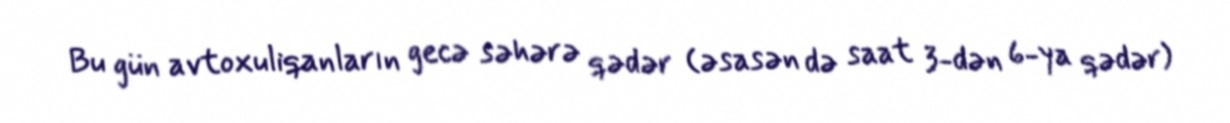
Bu gün avtoxuliqanların gecə səhərə qədər (əsasən də saat 3-dən 6-ya qədər)